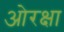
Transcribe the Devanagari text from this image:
ओरक्षा